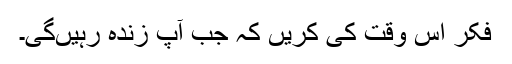
فکر اس وقت کی کریں کہ جب آپ زندہ رہیں‌گی۔